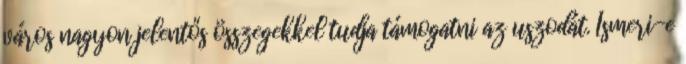
város nagyon jelentős összegekkel tudja támogatni az uszodát. Ismeri-e